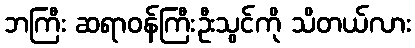
ဘကြီး ဆရာဝန်ကြီးဦးသွင်ကို သိတယ်လား